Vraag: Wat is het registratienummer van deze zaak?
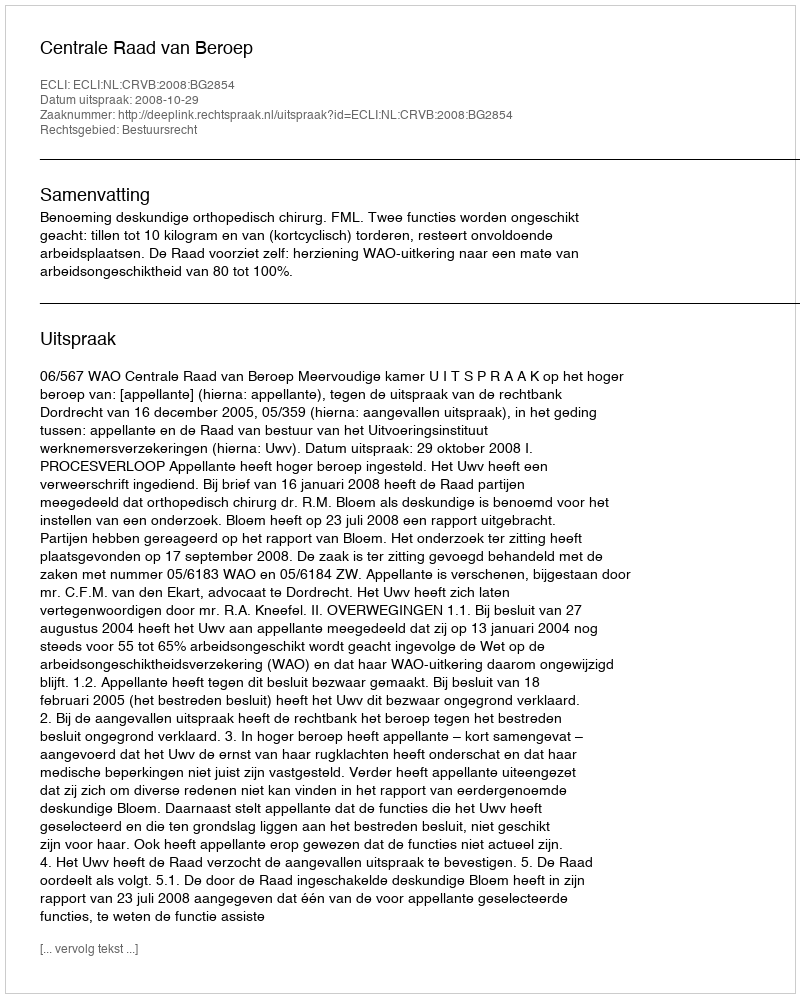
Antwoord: http://deeplink.rechtspraak.nl/uitspraak?id=ECLI:NL:CRVB:2008:BG2854